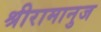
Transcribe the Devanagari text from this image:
श्रीरामानुज